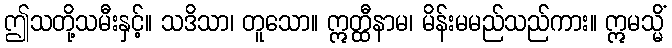
ဤသတို့သမီးနှင့်။ သဒိသာ၊ တူသော။ ဣတ္ထီနာမ၊ မိန်းမမည်သည်ကား။ ဣမသ္မိံ